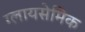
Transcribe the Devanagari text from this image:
ग्लायसेमिक